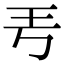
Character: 𤣫